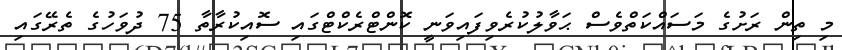
މި ތިން ރަށުގެ މަސައްކަތްވެސް ޙަވާލުކުރެވިފައިވަނީ ކޮންޓްރެކްޓްގައި ސޮއިކުރާތާ 75 ދުވަހުގެ ތެރޭގައި